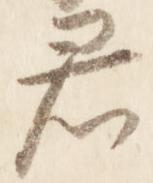
君